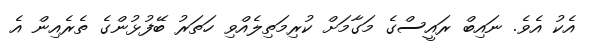
އެކު އެވެ. ނައިބް ރައީސްގެ މަގާމަށް ކުރިމަތިލެއްވި ހަތަރު ބޭފުޅުންގެ ތެރެއިން އެ